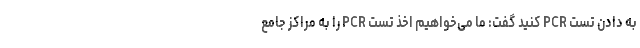
به دادن تست PCR کنید گفت: ما می‌خواهیم اخذ تست PCR را به مراکز جامع